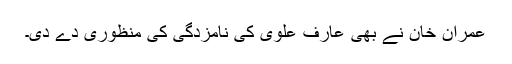
عمران خان نے بھی عارف علوی کی نامزدگی کی منظوری دے دی۔